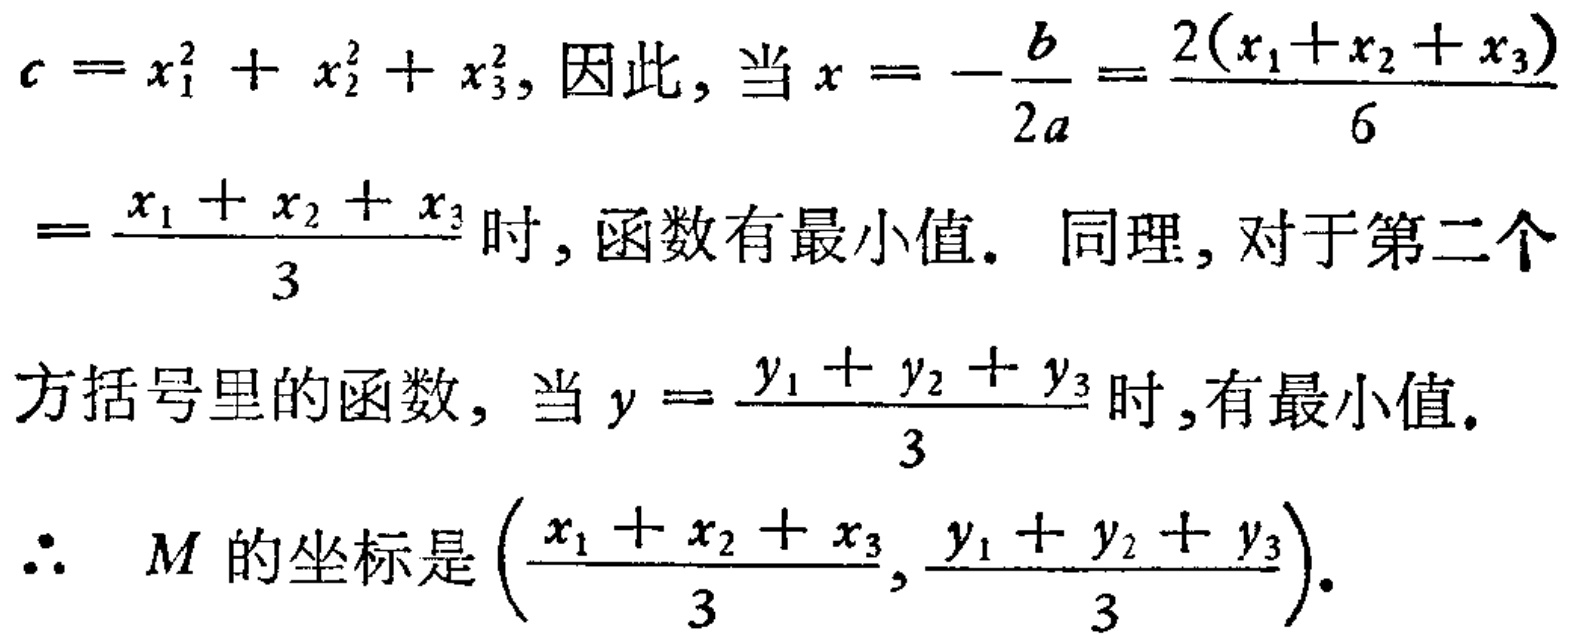
\(c = x_{1}^{2}+x_{2}^{2}+x_{3}^{2},\) 因此, 当 \(x = -\frac{b}{2a}=\frac{2(x_{1}+x_{2}+x_{3})}{6}=\frac{x_{1}+x_{2}+x_{3}}{3}\) 时, 函数有最小值. 同理, 对于第二个方括号里的函数, 当 \(y=\frac{y_{1}+y_{2}+y_{3}}{3}\) 时,有最小值.
\(\therefore\) \(M\) 的坐标是 \((\frac{x_{1}+x_{2}+x_{3}}{3},\frac{y_{1}+y_{2}+y_{3}}{3})\).